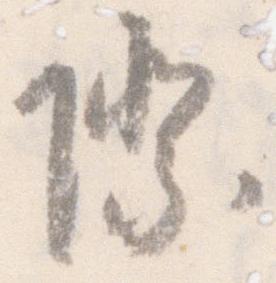
際